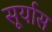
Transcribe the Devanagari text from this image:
सूर्यास